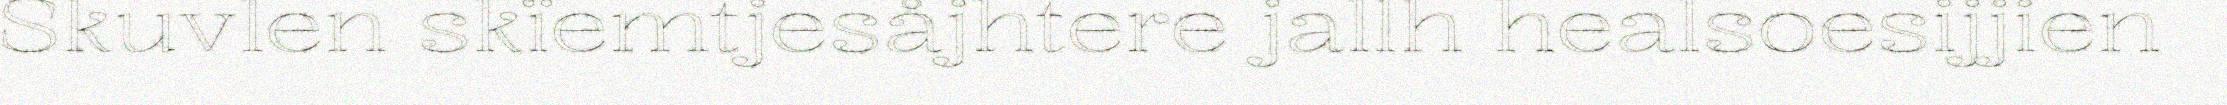
Skuvlen skïemtjesåjhtere jallh healsoesijjien